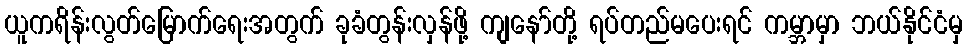
ယူကရိန်းလွတ်မြောက်ရေးအတွက် ခုခံတွန်းလှန်ဖို့ ကျနော်တို့ ရပ်တည်မပေးရင် ကမ္ဘာမှာ ဘယ်နိုင်ငံမှ